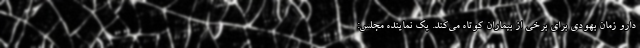
دارو زمان بهودی برای برخی از بیماران کوتاه می‌کند. یک نماینده مجلس: